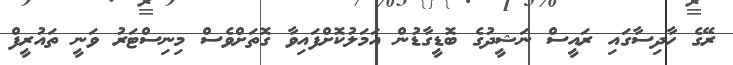
ރޭގެ ހާދިސާގައި ރައީސް ނަޝީދުގެ ބޮޑީގާޑުން އަމަލުކޮށްފައިވާ ގޮތަށްވެސް މިނިސްޓަރު ވަނީ ތައުރީފް